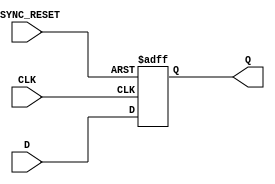
module async_dff #(
 parameter SIZE = 8,
 parameter STAGE = 1
) (
input [SIZE-1:0] D, // Data input 
input CLK, // clock input 
input ASYNC_RESET, // asynchronous reset low level 
output [SIZE-1:0] Q // output Q
);

reg [SIZE-1:0] data [1:STAGE];

integer i;
 
always @(posedge CLK or negedge ASYNC_RESET) 
begin
 if(ASYNC_RESET==1'b0) begin
  for(i=1;i<STAGE+1;i=i+1) begin
     data[i] <= {(SIZE){1'b0}};
  end
 end else begin 
  for(i=1;i<STAGE+1;i=i+1) begin
     if(i==1) begin
       data[i] <= D;
     end else begin
       data[i] <= data[i-1];
     end
  end
 end 
end 

assign Q = STAGE ? data[STAGE] : D;

endmodule